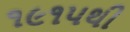
૧૯૧૫થી